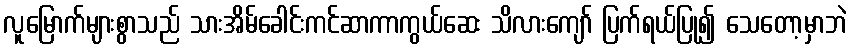
လူမြောက်များစွာသည် သားအိမ်ခေါင်းကင်ဆာကာကွယ်ဆေး သိလားကျော် ပြက်ရယ်ပြု၍ သေတော့မှာဘဲ